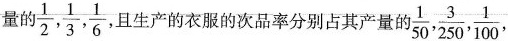
量的\frac{1}{2},\frac{1}{3},\frac{1}{6}且生产的衣服的次品率分别占其产量的\frac{1}{50}, \frac{3}{250}, \frac{1}{100},